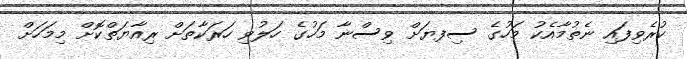
ކުރެވިފައި ނެތުމާއެކު މަހުގެ ސިފޔަށް ވިސްނާ މަހުގެ ހަލުވި ހަރަކާތަށް ރިއާޔަތްކޮށް މިމަހަށް